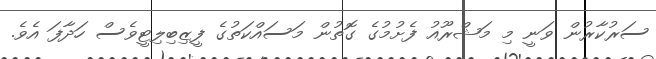
ސަރުކާރުން ވަނީ މި މަޝްރޫއު ފެށުމުގެ ގޮތުން މަސައްކަތުގެ ފީޒިބިލިޓީވެސް ހަދާފަ އެވެ.